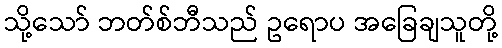
သို့သော် ဘတ်စ်ဘီသည် ဥရောပ အခြေချသူတို့